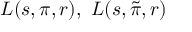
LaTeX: L ( s , \pi , r ) , \ L ( s , { \tilde { \pi } } , r )